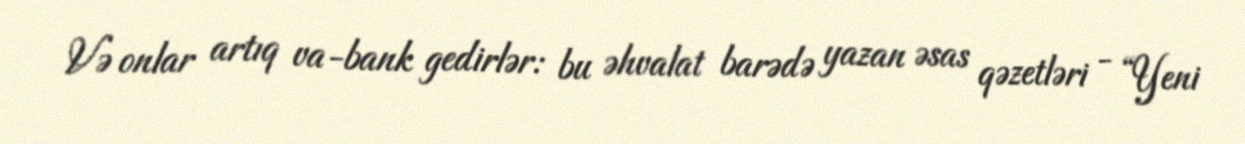
Və onlar artıq va-bank gedirlər: bu əhvalat barədə yazan əsas qəzetləri - “Yeni